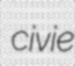
civie